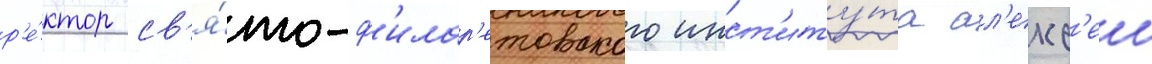
р'е́ктор св'я́то-ф'илар'етовского инст'иту́та ал'екс'еи